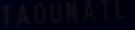
TAOUNATL